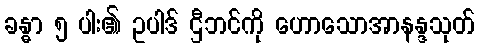
ခန္ဓာ ၅ ပါး၏ ဥပါဒ် ဌီဘင်ကို ဟောသောအာနန္ဒသုတ်